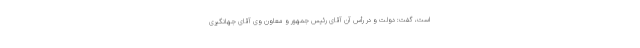
است، گفت: دولت و در رأس آن آقای رئیس جمهور و معاون وی آقای جهانگیری